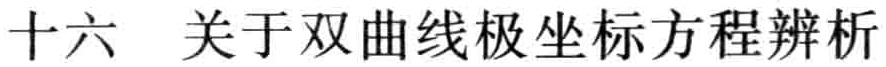
十六 关于双曲线极坐标方程辨析